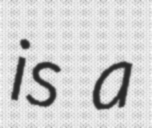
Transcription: is a